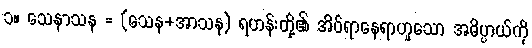
၁။ သေနာသန = (သေန+အာသန) ရဟန်းတို့၏ အိပ်ရာနေရာဟူသော အဓိပ္ပာယ်ကို